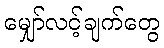
မျှော်လင့်ချက်တွေ